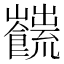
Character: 𩟜